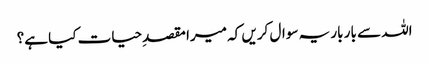
اللہ سے بار بار یہ سوال کریں کہ میرا مقصدِحیات کیا ہے؟